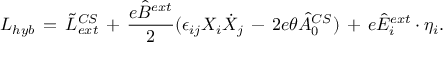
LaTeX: L _ { h y b } \, = \, \tilde { L } \sp { C S } _ { e x t } \, + \, \frac { e \hat { B } \sp { e x t } } { 2 } ( \epsilon _ { i j } X _ { i } \dot { X } _ { j } \, - \, 2 e \theta \hat { A } _ { 0 } \sp { C S } ) \, + \, e \hat { E } _ { i } \sp { e x t } \cdot \eta _ { i } .